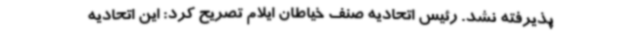
پذیرفته نشد. رئیس اتحادیه صنف خیاطان ایلام تصریح کرد: این اتحادیه